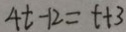
4 t - 1 2 = t + 3